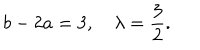
b - 2 a = 3 , \quad \lambda = \frac { 3 } { 2 } .